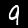
Label: 9